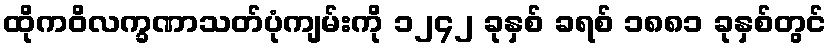
ထိုကဝိလက္ခဏာသတ်ပုံကျမ်းကို ၁၂၄၂ ခုနှစ် ခရစ် ၁၈၈၁ ခုနှစ်တွင်